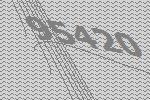
95420